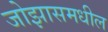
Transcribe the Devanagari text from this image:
जोझासमधील